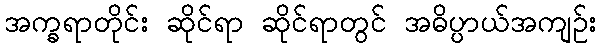
အက္ခရာတိုင်း ဆိုင်ရာ ဆိုင်ရာတွင် အဓိပ္ပာယ်အကျဉ်း